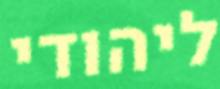
ליהודי